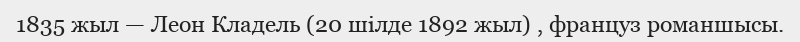
1835 жыл — Леон Кладель (20 шілде 1892 жыл) , француз романшысы.